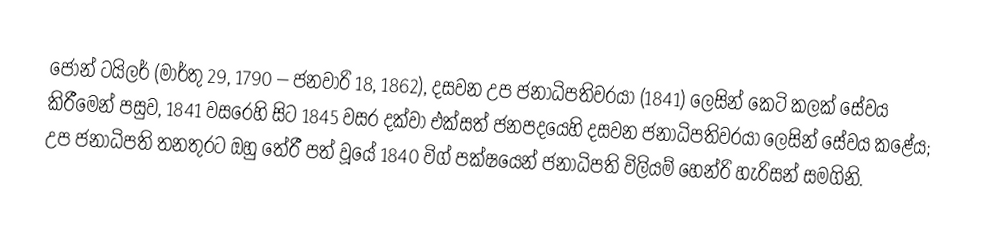
ජෝන් ටයිලර් (මාර්තු 29, 1790 – ජනවාරි 18, 1862),   දසවන උප ජනාධිපතිවරයා (1841) ලෙසින් කෙටි කලක් සේවය කිරීමෙන් පසුව, 1841 වසරෙහි සිට 1845 වසර දක්වා  එක්සත් ජනපදයෙහි දසවන ජනාධිපතිවරයා ලෙසින් සේවය කළේය;  උප ජනාධිපති තනතුරට ඔහු තේරී පත් වූයේ 1840 විග් පක්ෂයෙන් ජනාධිපති විලියම් හෙන්රි හැරිසන් සමගිනි.